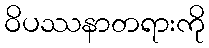
ဝိပဿနာတရားကို